Annual report of the Punjab Veterinary College and of the Civil Veterinary Department, Punjab - 1920-1925
Year: 1920
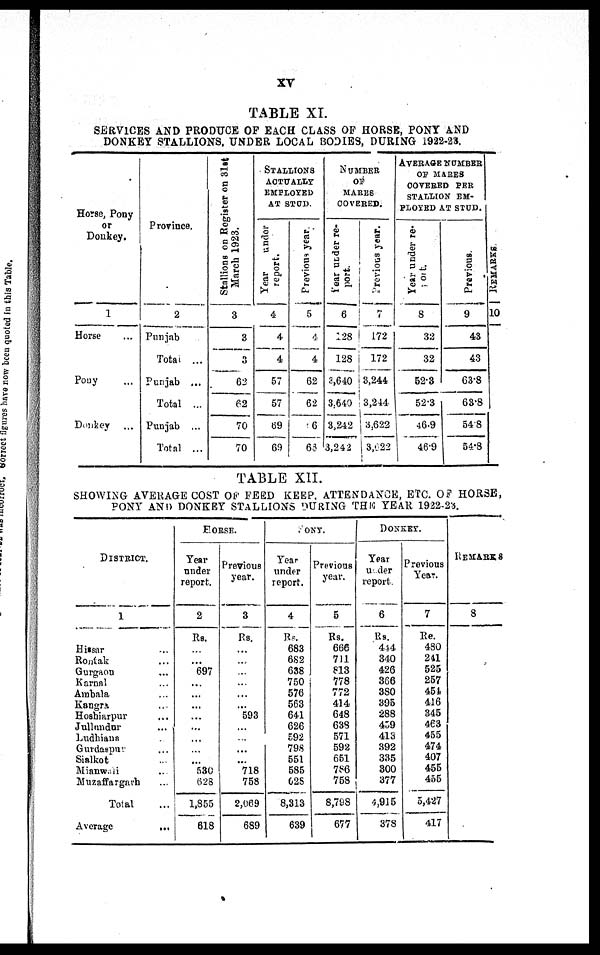
XV
TABLE XI.
SERVICES AND PRODUCE OF EACH CLASS OF HORSE, PONY AND
DONKEY STALLIONS, UNDER LOCAL BODIES, DURING 1922-23.
Horse, Pony
or
Donkey.
1
Horse ...
Pony ...
Donkey ...
Province.
2
Punjab
Total ...
Punjab ...
Total ...
Punjab ...
Total ...
Stallions
on Register on 31st
March 1923.
3
3
3
62
62
70
70
STALLION
ACTUALLY
EMPLOYED
AT STUD.
Year
under
report.
4
4
4
57
57
69
69
Previons year.
5
4
4
62
62
63
63
NUMBER
OF
MARES
COVERED.
Year
under re-
port.
6
128
128
3,640
3,640
3,242
3,242
Previous year.
7
172
172
3,244
3,244
3,622
3,622
AVERAGE NUMBER
OF MARES
COVERED PER
STALLION EM-
PLOYED AT STUD.
Year
under re-
port.
8
32
32
52.3
52.3
46.9
46.9
Previous.
9
43
43
63.8
63.8
54.8
54.8
REMARKS.
10
TABLE XII.
SHOWING AVERAGE COST OF FEED KEEP. ATTENDANCE, ETC. OF HORSE,
PONY AND DONKEY STALLIONS DURING THE YEAR 1922-23.
DISTRICT.
1
Hissar ...
Rontak ...
Gurgaon ...
Karnal ...
Ambala ...
Kangra ...
Hoshiarpur ...
Jullundur ...
Ludhiana ...
Gurdarpur ...
Sialkot ...
Mianwali ...
Muzaffargarh ...
Total ...
Average
...
HORSES.
Year
under
report.
2
Rs.
...
...
697
...
...
...
...
...
...
...
...
580
628
1,855
618
Previous
year.
3
Rs.
...
...
...
...
...
...
593
...
...
...
...
718
758
2,069
689
PONY.
Year
under
report.
4
Rs.
683
682
638
750
576
563
641
626
592
798
551
585
628
8,313
639
Previous
year.
5
Rs.
666
711
813
778
772
414
648
638
571
592
651
786
758
8,798
677
DONKEY.
Year
under
report
6
Rs.
444
340
426
366
380
395
288
459
413
392
335
800
377
4,915
378
Previous
Year.
7
Rs.
480
241
525
257
454
416
845
463
455
474
407
455
455
5,427
417
REMARKS.
8